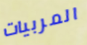
المربيات